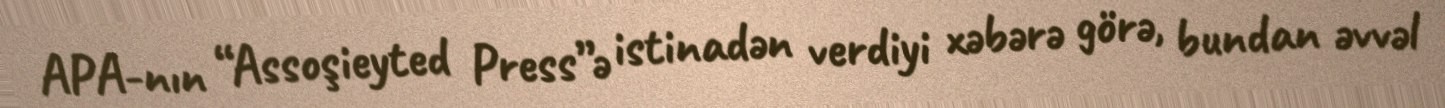
APA-nın “Assoşieyted Press”ə istinadən verdiyi xəbərə görə, bundan əvvəl